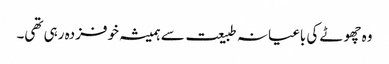
وہ چھوٹے کی باغیانہ طبیعت سے ہمیشہ خوفزدہ رہی تھی۔